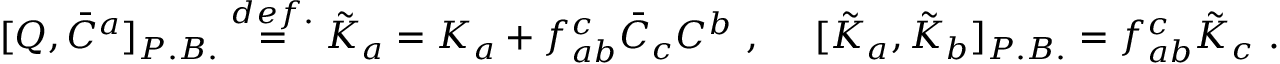
[ Q , \bar { C } ^ { a } ] _ { P . B . } \stackrel { d e f . } { = } \tilde { K } _ { a } = K _ { a } + f _ { a b } ^ { c } \bar { C } _ { c } C ^ { b } ~ , ~ ~ ~ ~ [ \tilde { K } _ { a } , \tilde { K } _ { b } ] _ { P . B . } = f _ { a b } ^ { c } \tilde { K } _ { c } ~ .